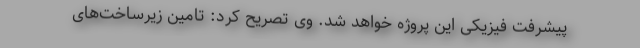
پیشرفت فیزیکی این پروژه خواهد شد. وی تصریح کرد: تامین زیرساخت‌های